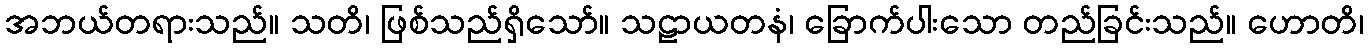
အဘယ်တရားသည်။ သတိ၊ ဖြစ်သည်ရှိသော်။ သဠာယတနံ၊ ခြောက်ပါးသော တည်ခြင်းသည်။ ဟောတိ၊